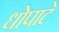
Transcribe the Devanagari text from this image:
धोपाटे